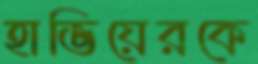
হাভিয়েরকে